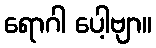
ရောဂါ ပေါ့ဗျာ။